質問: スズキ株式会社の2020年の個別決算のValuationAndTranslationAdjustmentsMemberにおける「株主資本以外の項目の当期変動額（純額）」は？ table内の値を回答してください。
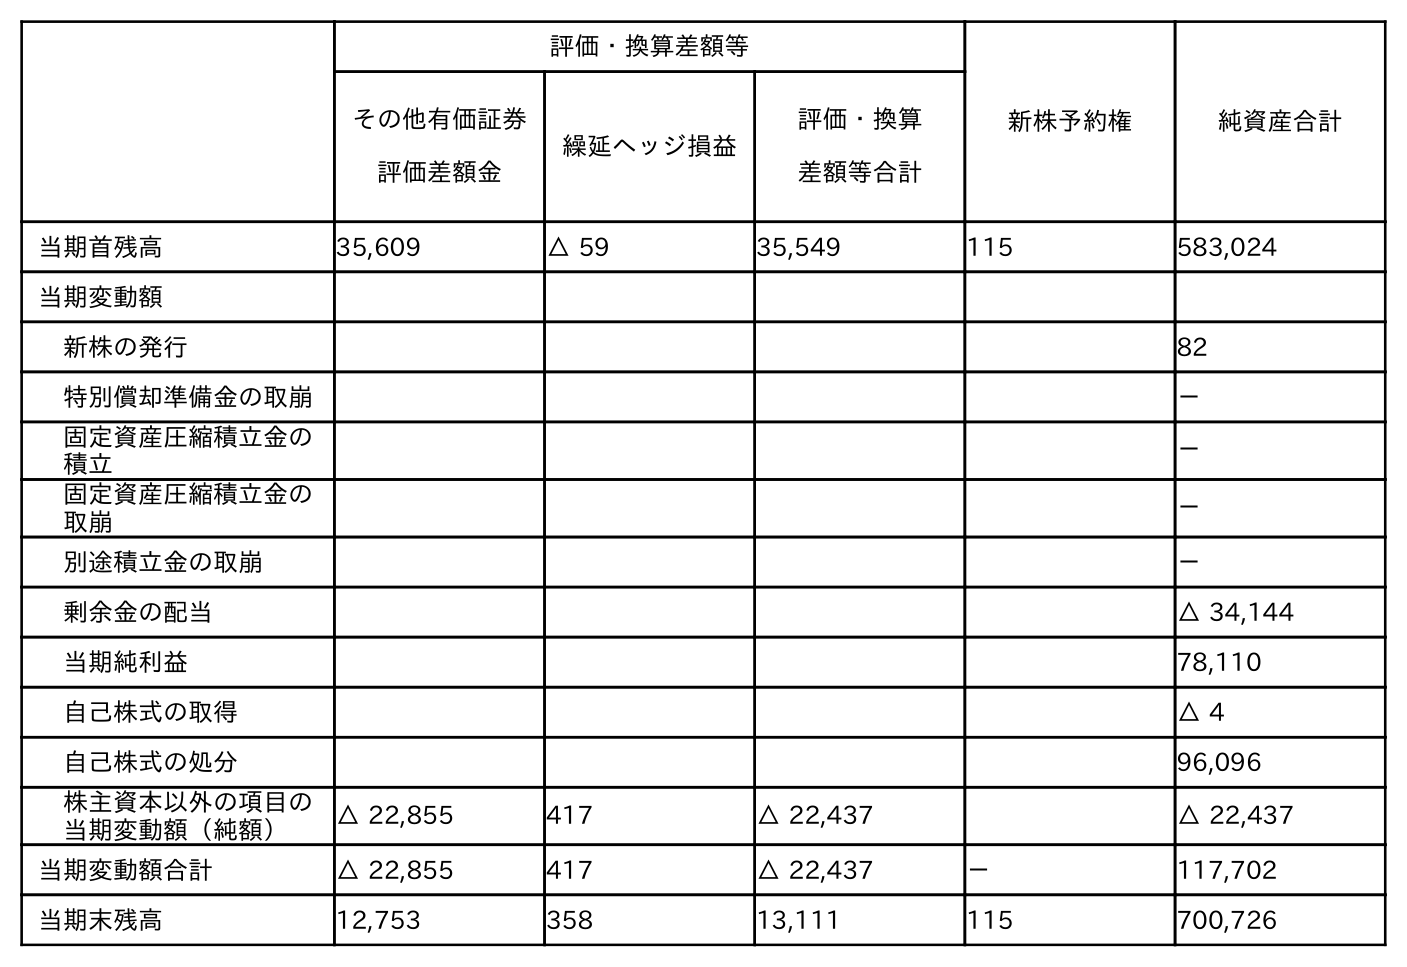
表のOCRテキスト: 評価・換算差額等 新株予約権 純資産合計 その他有価証券 評価差額金 繰延ヘッジ損益 評価・換算 差額等合計 当期首残高 35,609 △ 59 35,549 115 583,024 当期変動額 新株の発行 82 特別償却準備金の取崩 － 固定資産圧縮積立金の 積立 － 固定資産圧縮積立金の 取崩 － 別途積立金の取崩 － 剰余金の配当 △ 34,144 当期純利益 78,110 自己株式の取得 △ 4 自己株式の処分 96,096 株主資本以外の項目の 当期変動額（純額） △ 22,855 417 △ 22,437 △ 22,437 当期変動額合計 △ 22,855 417 △ 22,437 － 117,702 当期末残高 12,753 358 13,111 115 700,726
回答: △22,437